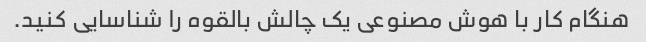
هنگام کار با هوش مصنوعی یک چالش بالقوه را شناسایی کنید.